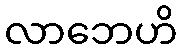
လာဘေဟိ